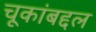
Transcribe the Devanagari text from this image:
चूकांबद्दल